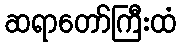
ဆရာတော်ကြီးထံ